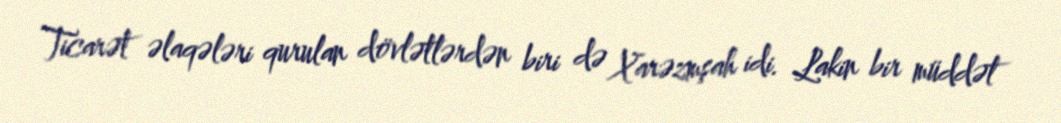
Ticarət əlaqələri qurulan dövlətlərdən biri də Xarəzmşah idi. Lakin bir müddət